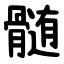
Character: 髄